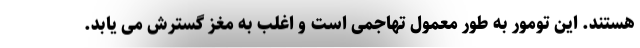
هستند. این تومور به طور معمول تهاجمی است و اغلب به مغز گسترش می یابد.